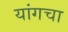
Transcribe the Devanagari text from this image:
यांगचा